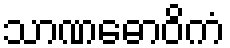
သာဏဓောဝိကံ